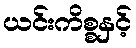
ယင်းကိစ္စနှင့်